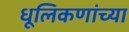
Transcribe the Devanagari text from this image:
धूलिकणांच्या